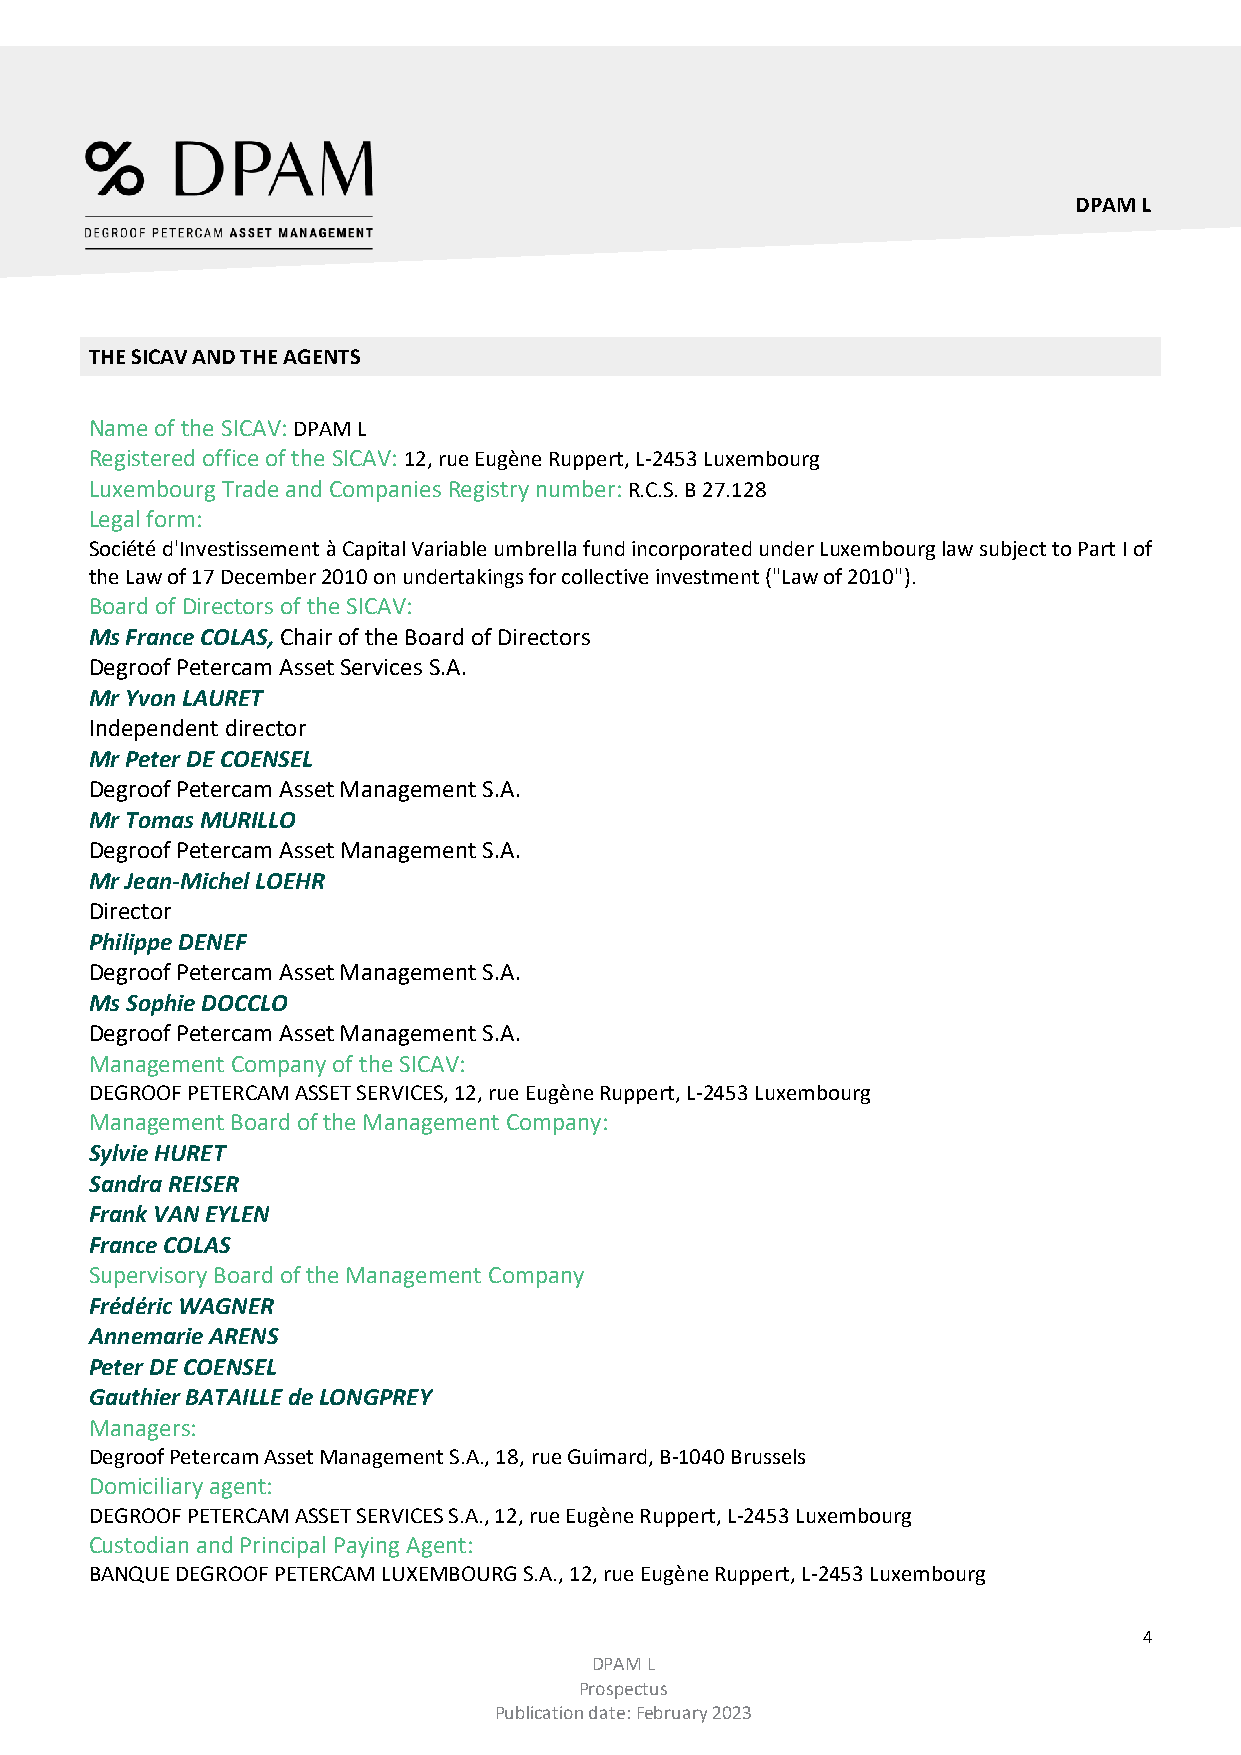
DPAM L
 THE SICAV AND THE AGENTS
 Name of the SICAV: DPAM L
 Registered office of the SICAV: 12, rue Eugène Ruppert, L-2453 Luxembourg
 Luxembourg Trade and Companies Registry number: R.C.S. B 27.128
 Legal form:
 Société d'Investissement à Capital Variable umbrella fund incorporated under Luxembourg law subject to Part I of
 the Law of 17 December 2010 on undertakings for collective investment ("Law of 2010").
 Board of Directors of the SICAV:
 Ms France COLAS, Chair of the Board of Directors
 Degroof Petercam Asset Services S.A.
 Mr Yvon LAURET
 Independent director
 Mr Peter DE COENSEL
 Degroof Petercam Asset Management S.A.
 Mr Tomas MURILLO
 Degroof Petercam Asset Management S.A.
 Mr Jean-Michel LOEHR
 Director
 Philippe DENEF
 Degroof Petercam Asset Management S.A.
 Ms Sophie DOCCLO
 Degroof Petercam Asset Management S.A.
 Management Company of the SICAV:
 DEGROOF PETERCAM ASSET SERVICES, 12, rue Eugène Ruppert, L-2453 Luxembourg
 Management Board of the Management Company:
 Sylvie HURET
 Sandra REISER
 Frank VAN EYLEN
 France COLAS
 Supervisory Board of the Management Company
 Frédéric WAGNER
 Annemarie ARENS
 Peter DE COENSEL
 Gauthier BATAILLE de LONGPREY
 Managers:
 Degroof Petercam Asset Management S.A., 18, rue Guimard, B-1040 Brussels
 Domiciliary agent:
 DEGROOF PETERCAM ASSET SERVICES S.A., 12, rue Eugène Ruppert, L-2453 Luxembourg
 Custodian and Principal Paying Agent:
 BANQUE DEGROOF PETERCAM LUXEMBOURG S.A., 12, rue Eugène Ruppert, L-2453 Luxembourg
 4
 DPAM L
 Prospectus
 Publication date: February 2023